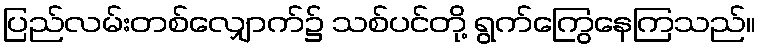
ပြည်လမ်းတစ်လျှောက်၌ သစ်ပင်တို့ ရွက်ကြွေနေကြသည်။